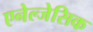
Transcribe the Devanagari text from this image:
एनेल्जेसिक